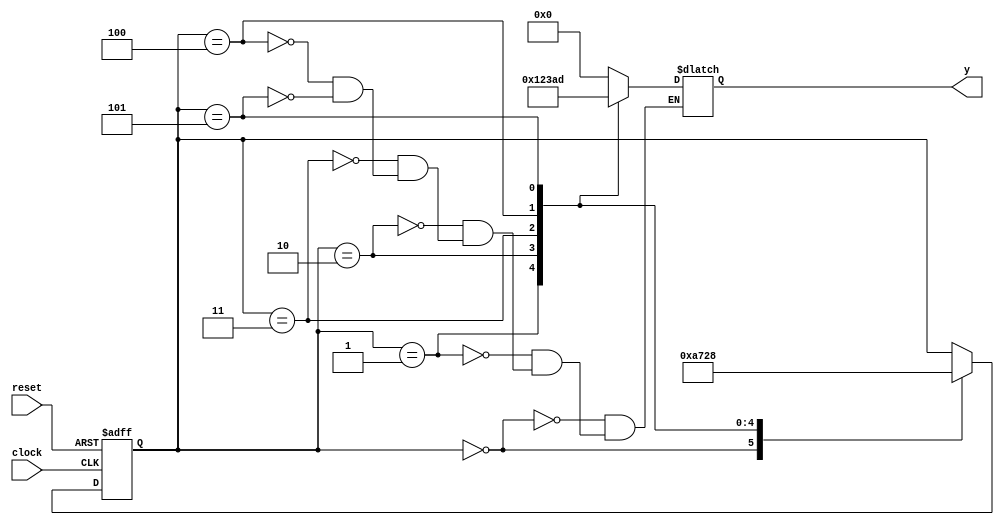
module contador_0_1_2_3_10_13
	(output reg [3:0] y,
		input clock, reset);

	reg [2:0] estado_atual;
	parameter S0 = 0, S1 = 1, S2 = 2, S3 = 3, S10 = 4, S13 = 5;

	always @* begin
		case (estado_atual)
			S0:
				y = 0;
			S1:
				y = 1;
			S2:
				y = 2;
			S3:
				y = 3;
			S10:
				y = 10;
			S13:
				y = 13;
		endcase
	end

	always @(posedge clock, negedge reset)
		if (~reset)
			estado_atual <= S0;
		else
			case (estado_atual)
				S0:
					estado_atual <= S1;
				S1:
					estado_atual <= S2;
				S2:
					estado_atual <= S3;
				S3:
					estado_atual <= S10;
				S10:
					estado_atual <= S13;
				S13:
					estado_atual <= S0;
			endcase
endmodule